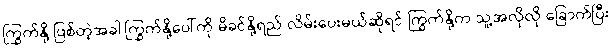
ကြွက်နို့ ဖြစ်တဲ့အခါ ကြွက်နို့ပေါ်ကို မိခင်နို့ရည် လိမ်းပေးမယ်ဆိုရင် ကြွက်နို့က သူ့အလိုလို ခြောက်ပြီး